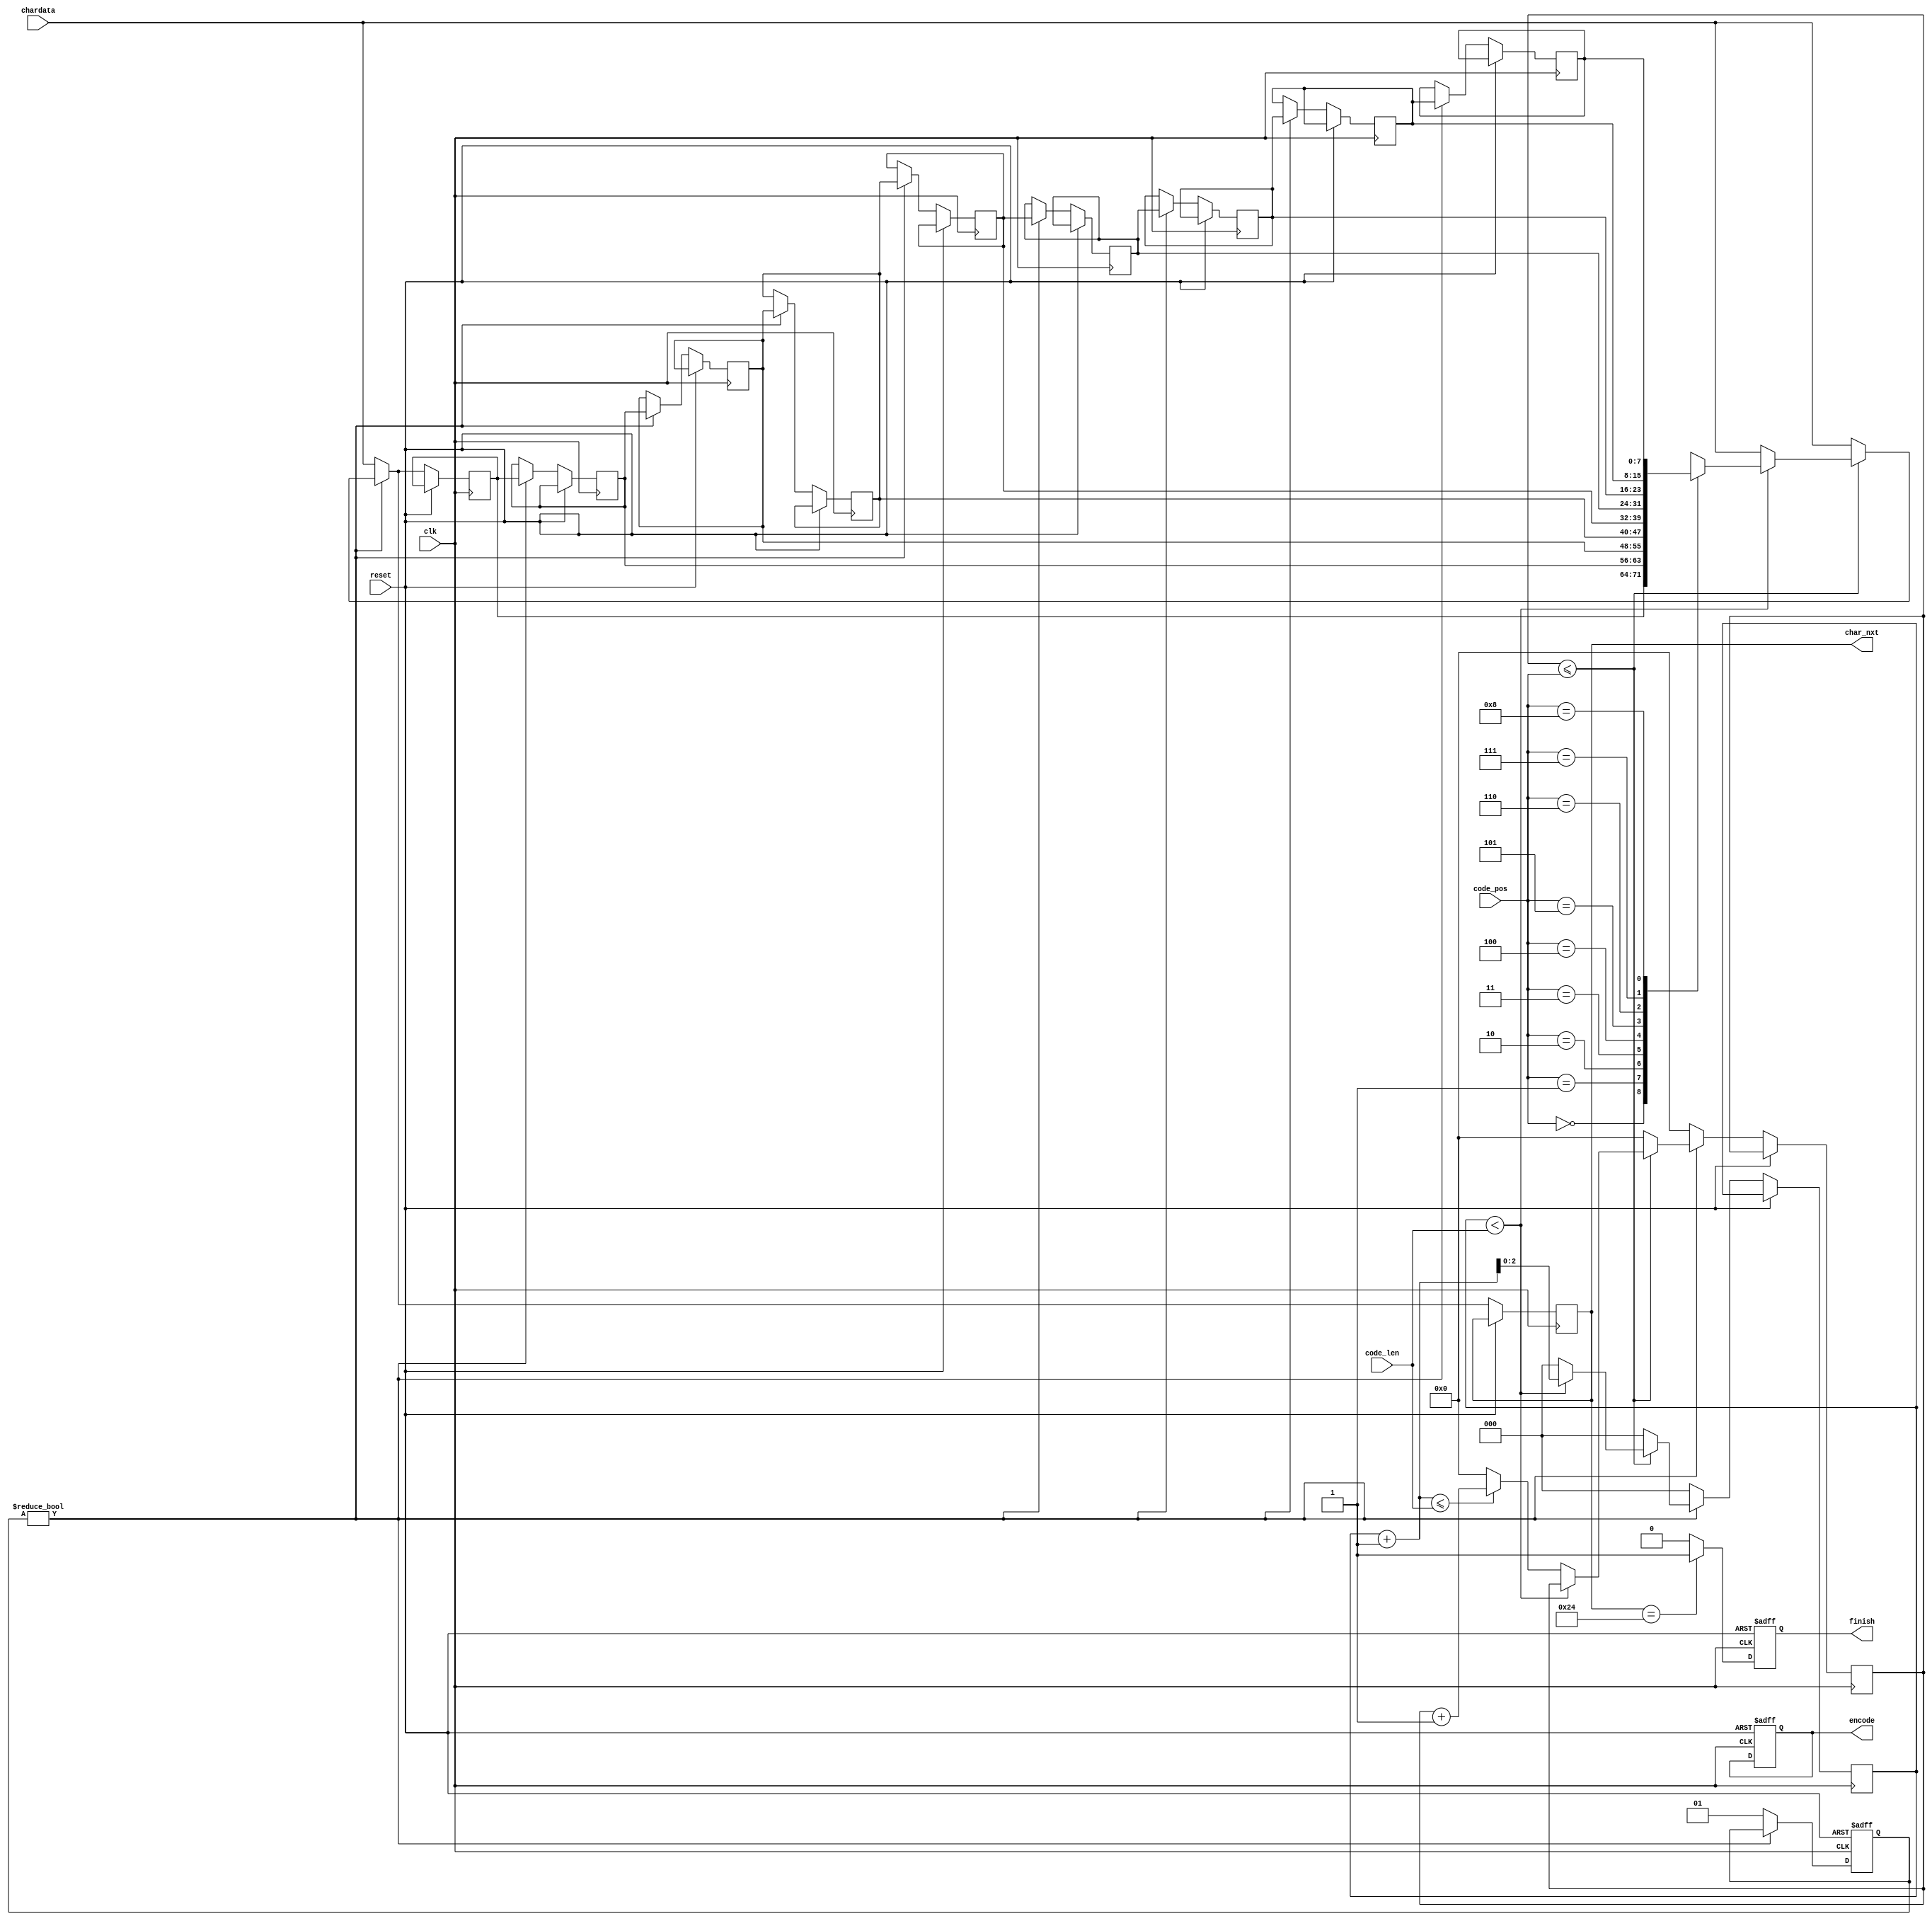
module LZ77_Decoder(clk,reset,code_pos,code_len,chardata,encode,finish,char_nxt);

input 				clk;
input 				reset;
input 		[3:0] 	code_pos;
input 		[2:0] 	code_len;
input 		[7:0] 	chardata;
output  	reg		encode;
output  	reg		finish;
output 	 	reg	[7:0] char_nxt;

reg [7:0] sh[8:0];
reg [1:0] resulting;
reg [2:0] code_len_count;
reg [3:0] code_pos_count;

/*
wire code_pos_count=code_pos;
*/
parameter S0=2'b00, S1=2'b01,S2=2'b10, S3=2'b11;
integer i ,m;
/*
	Write Your Design Here ~
*/
always @(posedge clk or posedge reset)
	begin
		if(reset)
			begin
			finish<=1'b0;
			encode<=1'b0;
			end
		else if(char_nxt==8'h24)
			finish<=1'b1;
		else
			finish<=1'b0;
	end
always @(posedge clk or posedge reset)
	begin
		if(reset)
			begin
			resulting<=0;
			end	
		
		else if(resulting)
			begin			
				if(code_pos_count<=code_pos)
					begin
						for(m=8;m>0;m=m-1)
							begin
								sh[m]<=sh[m-1];	
							end	
						
						
							if(code_len_count<code_len)
								begin
									sh[0]<=sh[code_pos];
									char_nxt<=sh[code_pos];
									code_len_count<=code_len_count+1;
									
								end
							else
								begin
									char_nxt<=chardata;
									sh[0]<=chardata;
									if(code_len_count+1<=code_len)
										
											code_pos_count<=code_pos_count+1;
									else
											code_pos_count<=0;
											code_len_count<=0;
										
								end
						
					end

				else
					begin
					code_len_count<=0;
					code_pos_count<=0;
					for(m=8;m>0;m=m-1)
							begin
								sh[m]<=sh[m-1];	
							end	
						char_nxt<=chardata;
						sh[0]<=chardata;
					end
			end
		else
			begin
				
				code_len_count<=0;
				code_pos_count<=0;	
				char_nxt<=chardata;	
				sh[0]<=chardata;
				resulting<=1;
						
			end
	end
endmodule
		
	
		// /**/
		// code_len_count<=0;
		// code_pos_count<=0;
		
		// if(code_len_count<=code_len)
			// if(code_pos_count<=code_pos)
				// begin
					// if(code_pos+1>=code_len)/*lookahead*/
					// begin
					
					// char_nxt[code_len_count+1]<=sh[code_pos-code_len+code_len_count+1];/*char_nxt[]<=sh[],char_nxt[]<=sh[],....*/
					// char_nxt[0]<=chardata;	

					// code_len_count<=code_len_count+1;
					// end
					// else/*code_pos>code_len*//*lookahead*/
						// if(code_pos-code_len+code_len_count+1<0)
							// char_nxt[code_len_count+1]<=sh[code_pos-code_len+code_len_count+1+9];/*char_nxt[]<=sh[],char_nxt[]<=sh[],....*/
						// else
						// char_nxt[0]<=chardata;
						// char_nxt[code_len_count+1]<=sh[code_pos_count];/*char_nxt[]<=sh[],char_nxt[]<=sh[],....*/
						// code_len_count<=code_len_count-1;
					
					// begin
					// end
				// end
			// else
				// begin
				// code_pos_count<=code_pos_count+1;
				// end
		// else
			// begin
			// code_len_count<=code_len_count+1;
			// end
			/*
		if(code_len_count<code_len)
				begin
						for(m=8;m>0;m=m-1)
						begin
							sh[m]<=sh[m-1];		
						end
					char_nxt[0]<=chardata;
			
				code_len_count<=code_len_count+1;
				end
		else		
					begin
					sh[m]<=sh[m-1];	
					sh[0]<=chardata;
					code_len_count<=0;
					char_nxt<=chardata;	

					end		
			
			if(resulting=0)
				for(m=8;m>0;m=m-1)
						begin
							sh[m]<=sh[m-1];		
						end
			end
			*/

/*
always @(posedge clk or posedge reset)
	begin
	if(reset)
		begin
		end
	else
		begin
		case(State)
			S0:	begin

				end
			S1: begin
					if(code_len_count<code_len)
						begin
						resulting<=1;
						for(m=8;m>0;m=m-1)
							begin
								sh[m]<=sh[m-1];	
								sh[0]<=chardata;
								code_len_count<=code_len_count+1;
							end	
						end
					else		
						begin
							resulting<=0;
								sh[m]<=sh[m-1];	
								sh[0]<=chardata;
								code_len_count<=0;
						end
									
				end
			S2:	begin		
	
					
						
				end
				
				
			S3:begin
			
				end
		endcase
		end
	end
	*/
/*always @(posedge clk or posedge reset)
	begin
	if(reset)
		begin
		end
	else
		begin
		case(State)
			S0: begin 	
						NextState <= S1;
				end
			S1: begin
					if(resulting)	
						NextState = S1;
					else
						NextState = S2;
						
				end
			S2: begin 
					
				end
			S3: begin 
					
				end
			
		endcase
		end
	end
always @(*)
	begin
		case(State)
			S0: begin 
				finish<=1'b0; encode<=1'b0;	
				end  
			S1:	begin 
					
				end 
			S2:	begin  
					begin
						finish<=1'b0;
					end
				end
			S3:	begin  
			
				end
		endcase
	end
*/